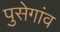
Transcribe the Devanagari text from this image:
पुसेगांव